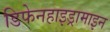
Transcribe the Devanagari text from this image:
डिफेनहाइड्रामाइन